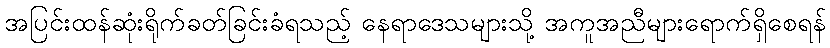
အပြင်းထန်ဆုံးရိုက်ခတ်ခြင်းခံရသည့် နေရာဒေသများသို့ အကူအညီများရောက်ရှိစေရန်